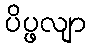
ပိပ္ဖလျာ